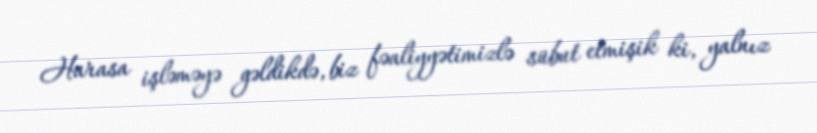
Harasa işləməyə gəldikdə, biz fəaliyyətimizlə sübut etmişik ki, yalnız